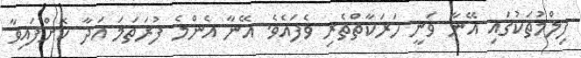
ފިލްމުތަކުގައި އޭނާ ވަނީ ހަރަކާތްތެރި ވެފައެވެ. އޭނާ އެންމެ ފުރަތަމަ އަދާ ކޮށްފައިވާ